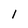
Character: I